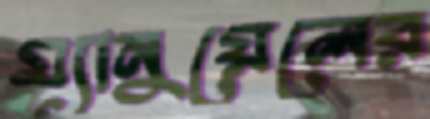
ম্যানুয়েলের